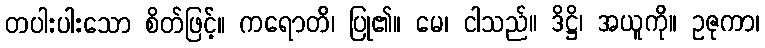
တပါးပါးသော စိတ်ဖြင့်။ ကရောတိ၊ ပြု၏။ မေ၊ ငါသည်။ ဒိဋ္ဌိ၊ အယူကို။ ဥဇုကာ၊